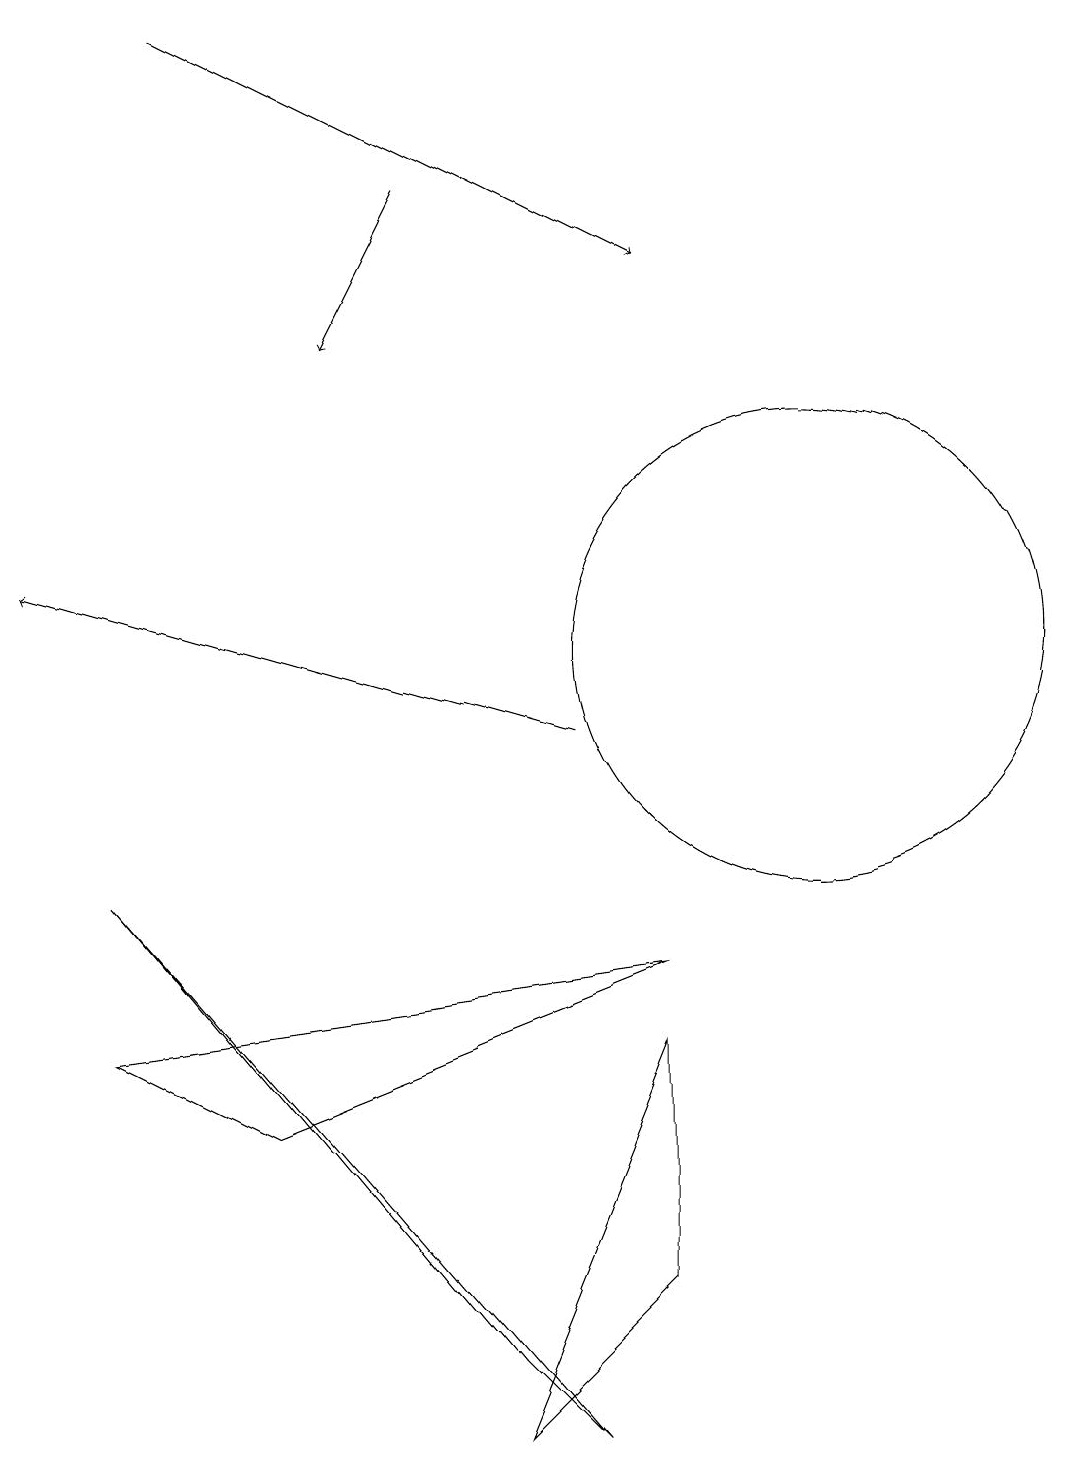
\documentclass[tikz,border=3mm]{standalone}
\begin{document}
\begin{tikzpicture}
\draw[->] (3,19) -- (9,16);
\draw (11,12) circle (0);
\draw (2,8) -- (7,2) -- (8,1) -- cycle;
\draw (9,7) -- (2,6) -- (4,5) -- cycle;
\draw[->] (8,10) -- (1,12);
\draw[->] (6,17) -- (5,15);
\draw (9,6) -- (9,3) -- (7,1) -- cycle;
\draw (11,11) circle (3);
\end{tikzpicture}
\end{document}